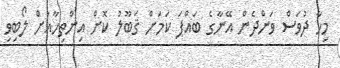
މިހާ ދުވަސް ވަންދެން އޭނާގެ ބައްޕަ ކަމަށް ޤަބޫލު ކޮށް އިންތިހާއަށް ލޯބިވި